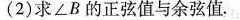
(2)求∠B的正弦值与余弦值。